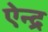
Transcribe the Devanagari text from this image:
ऐन्‍द्र